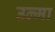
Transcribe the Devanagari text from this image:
उल्मा